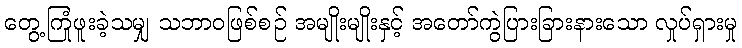
တွေ့ကြုံဖူးခဲ့သမျှ သဘာဝဖြစ်စဉ် အမျိုးမျိုးနှင့် အတော်ကွဲပြားခြားနားသော လှုပ်ရှားမှု